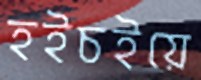
হইচইয়ে